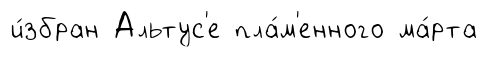
и́збран Альтус'е пла́м'енного ма́рта